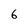
Character: 6